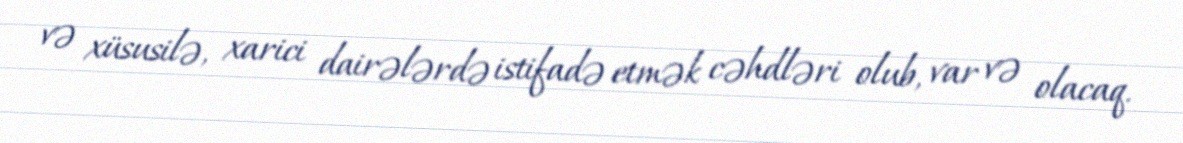
və xüsusilə, xarici dairələrdə istifadə etmək cəhdləri olub, var və olacaq.